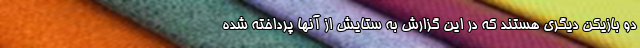
دو بازیکن دیگری هستند که در این گزارش به ستایش از آنها پرداخته شده